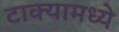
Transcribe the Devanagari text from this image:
टाक्यामध्ये